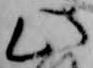
此